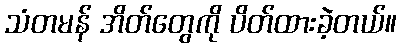
သံတမန် အိတ်တွေကို ပိတ်ထားခဲ့တယ်။